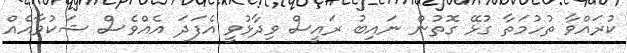
ކުރައްވާ ތުހުމަތާ ގުޅޭ ގޮތުން ނައިބު ރައީސް ވިދާޅުވީ އެފަދަ އެއްވެސް ޝަކުވާއެއް